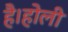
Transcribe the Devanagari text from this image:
है।होली